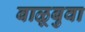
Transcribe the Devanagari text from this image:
बाळूबुवा